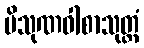
ပိသုဏဝါစာသုတ္တံ